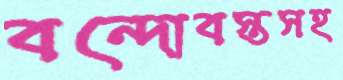
বন্দোবস্তসহ